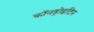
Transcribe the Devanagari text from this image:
कॉनड्रोइटिन